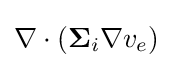
\nabla \cdot (\mathbf {\Sigma } _{i}\nabla v_{e})